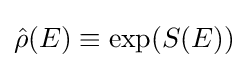
{\hat {\rho }}(E)\equiv \exp(S(E))